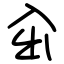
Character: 㒴